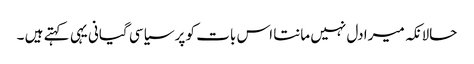
حالانکہ میرا دل نہیں مانتا اس بات کو پر سیاسی گیانی یہی کہتے ہیں ۔